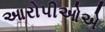
આરોપીઓએ